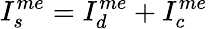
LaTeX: I_{s}^{me}=I_{d}^{me}+I_{c}^{me}